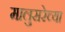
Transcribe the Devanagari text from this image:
मालुसरेच्या